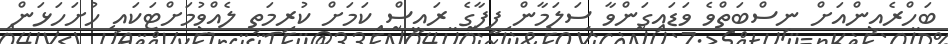
ބަހްރެއިންއަށް ނިސްބަތްވެ ވަޑައިގަންވާ ސަލަމާން ފީފާގެ ރައީސް ކަމަށް ކުރިމަތި ލެއްވުމަށްޓަކައި ހުށަހަޅަން